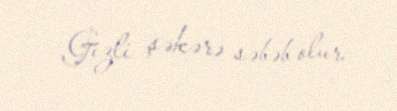
Gizli şəkərə səbəb olur.